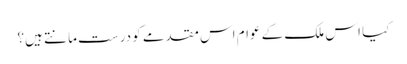
کیا اس ملک کے عوام اس مقدمے کو درست مانتے ہیں؟